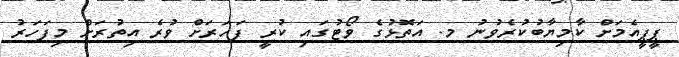
ޕީޕީއެމަށް ކާމިޔާބުކުރެވުނު މ. އަތޮޅުގެ ވޯޓުގައި ކުރީ ފަހަރަށް ވުރެ އިތުރަށް މިފަހަރު